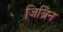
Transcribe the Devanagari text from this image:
जिब्रिन